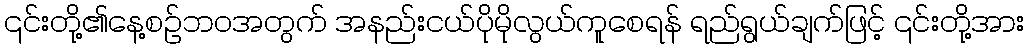
၎င်းတို့၏နေ့စဉ်ဘဝအတွက် အနည်းငယ်ပိုမိုလွယ်ကူစေရန် ရည်ရွယ်ချက်ဖြင့် ၎င်းတို့အား